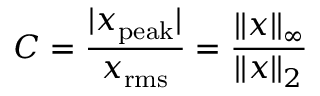
C = { \frac { | x _ { \mathrm { p e a k } } | } { x _ { \mathrm { r m s } } } } = { \frac { \| x \| _ { \infty } } { \| x \| _ { 2 } } }